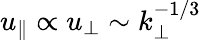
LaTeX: u_{\| }\propto u_{\perp}\sim k_{\perp}^{-1/3}